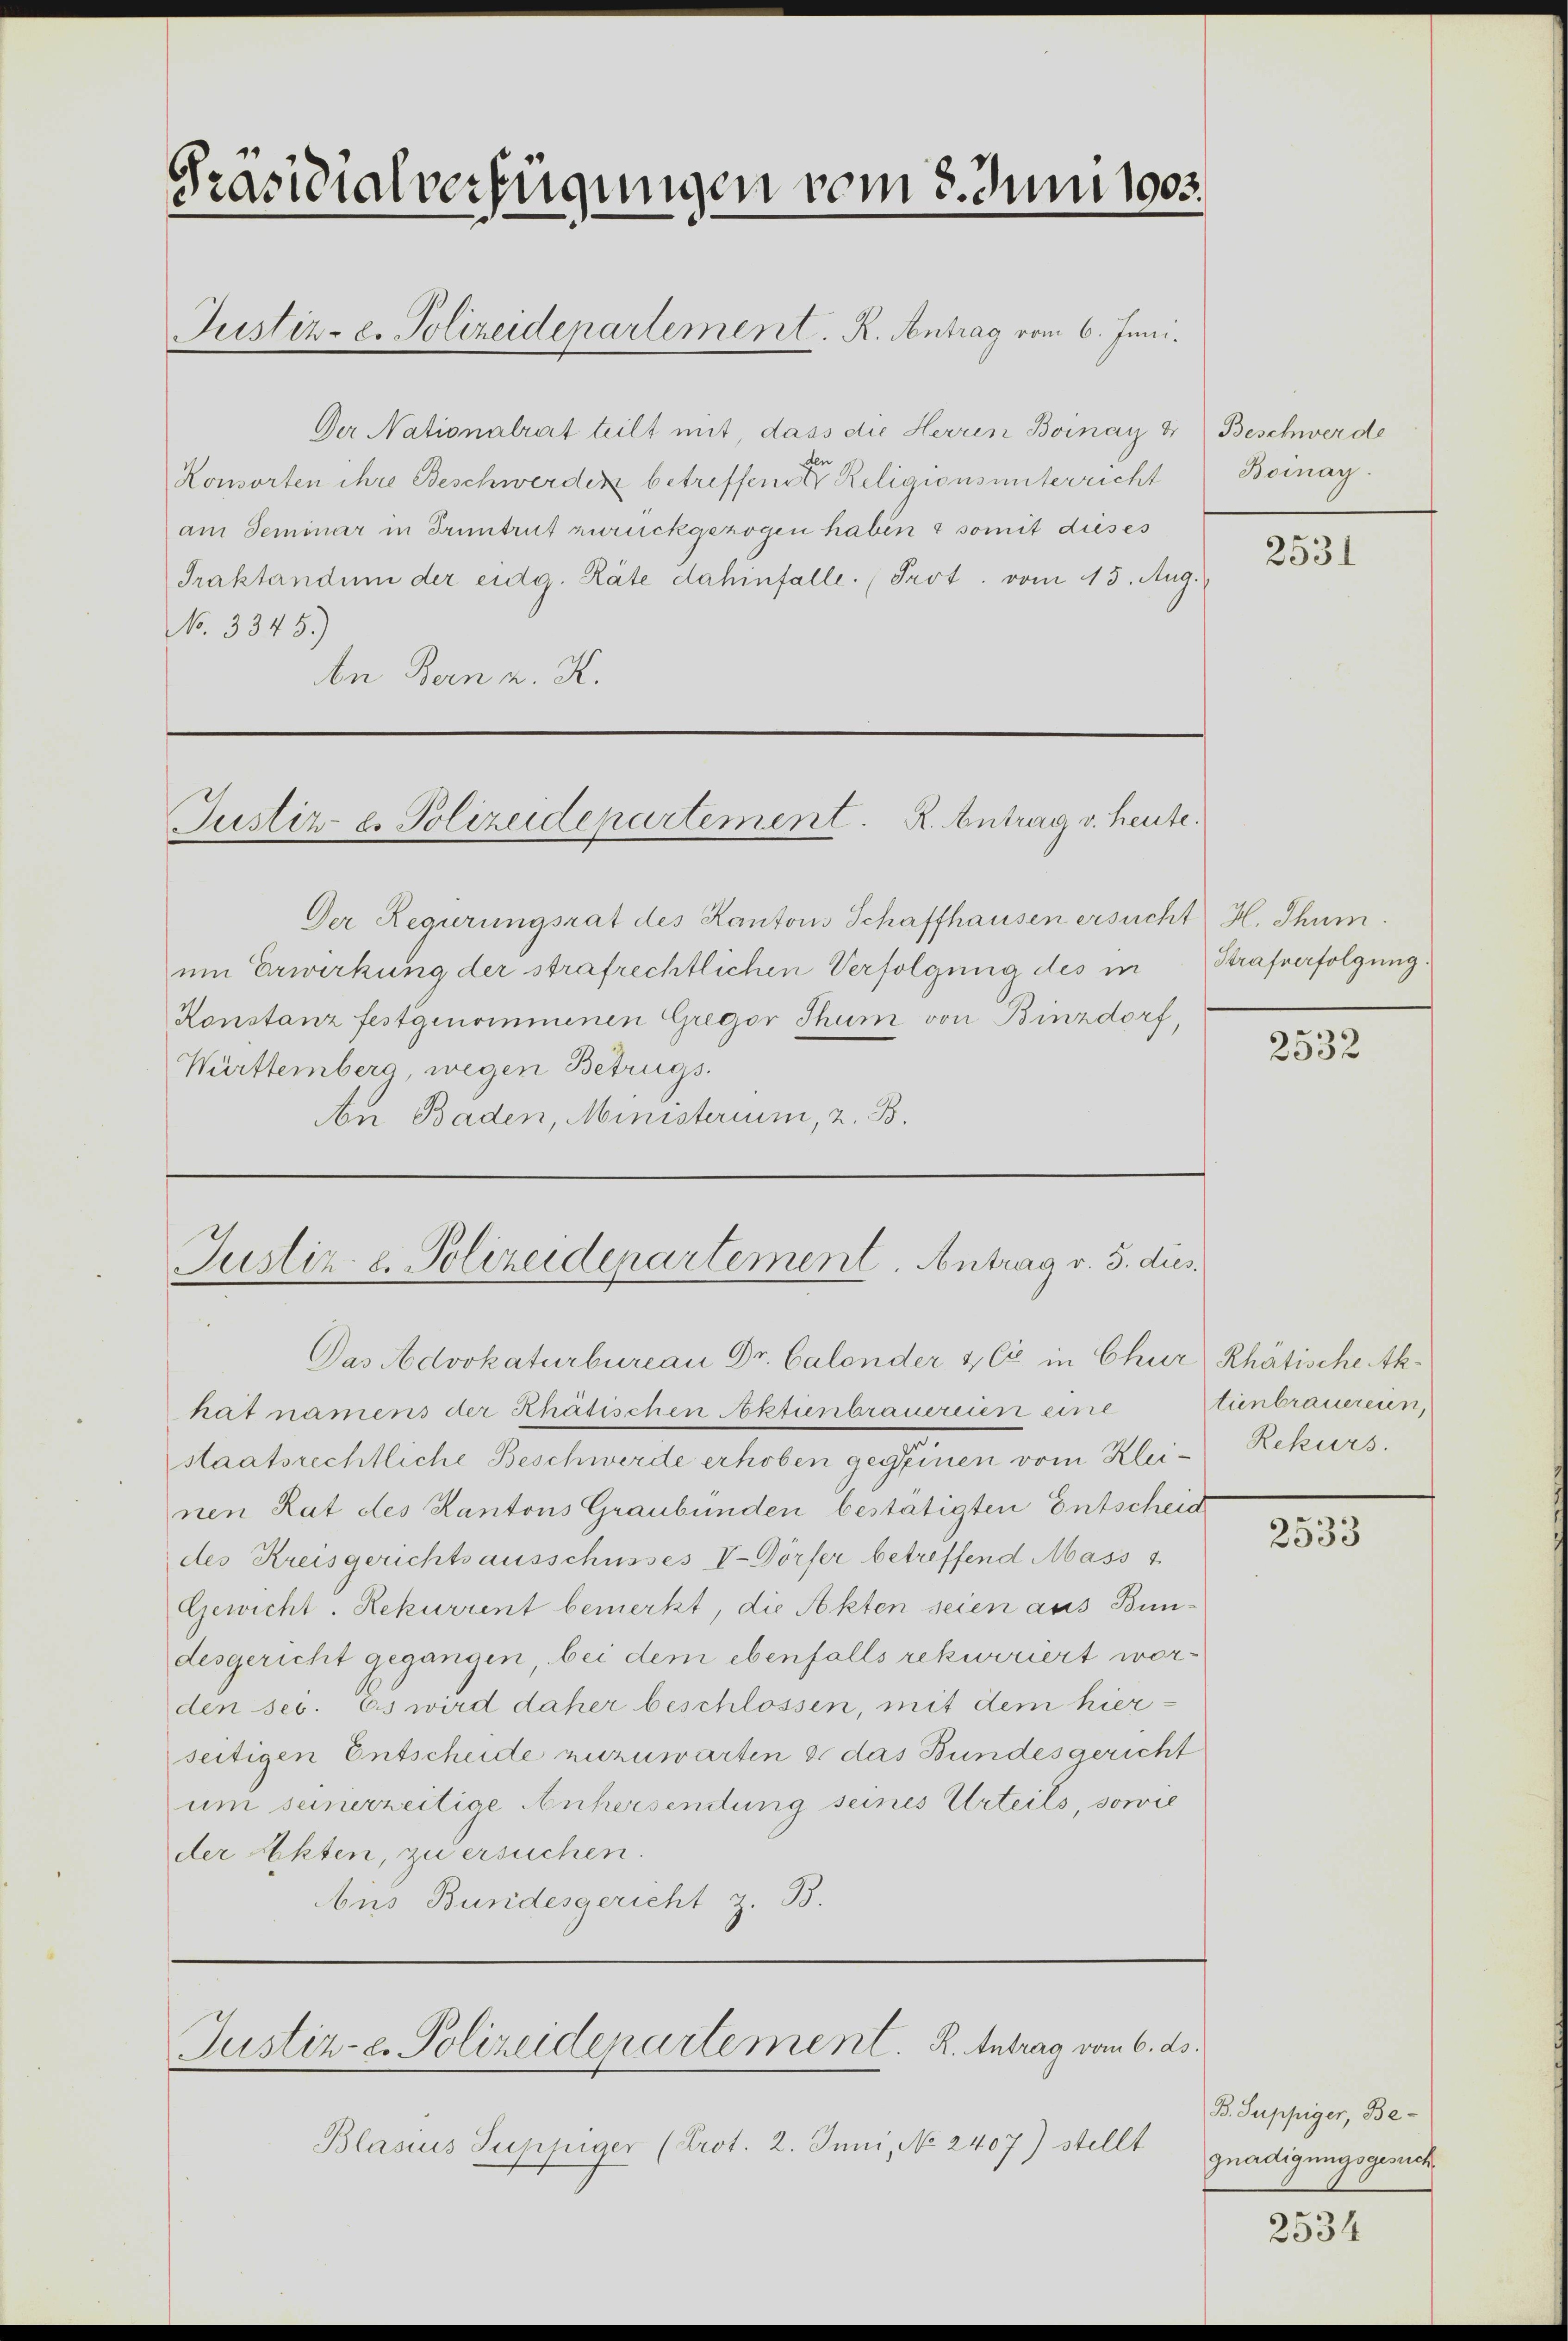
Präsidialverfügungen vom 8. Juni 1903.
Justiz- e. Polizeidepartement. R. Antrag vom 6. Juni.

Der Nationalrat teilt mit, dass die Herren Boinay & Beschwerde
Konsorten ihre Beschwerden betreffene Religionsunterricht
am Seminar in Truntrut zurückgezogen haben & somit dieses
Praktandum der eidg. Räte dahinfalle. (Prot. vom 13. Aug.
No. 3345.)
en Bern K. K.

Der Regierungsrat des Kantons Schaffhausen ersucht H. Thun.
um Erwerkung der strafrechtlichen Verfolgung des in
Konstanz festgenommenen Gregor Thum von Binzdorf,
Württemberg, wegen Betrugs.
An Baden, Ministerium, 2. B.

Justiz- u. Polizeidepartement. R. Antrag v. heute.

Justiz & Polizeidepartement. Antrag v. 3. dies

Das Advokaturbureau Dr. Calender & Cie in Chur) Rhätische Akhat namens der Khätischen Aktienbrauereien eine
staatsrechtliche Beschwerde erhoben gegenen vom Kleinen Rat des Kantons Graubünden bestätigten Entscheid
des Kreisgerichtsausschusses V. Dörfer betreffend Mass 4.
Gewicht. Rekurrent bemerkt, die Akten seien aus Bundesgericht gegangen, bei dem ebenfalls rekurriert worden sei. Es wird daher beschlossen, mit dem hierseitigen Entscheide zuzuwarten & das Bundesgericht
um seinerzeitige Anhersendung seines Urteils, sowie
der Akten, zu ersuchen.
bus Bundesgericht z. B.

Justiz-e. Polizeidepartement. K. Antrag vom 6. ds.

Blasius Suppiger (Prot. 2. Juni, No 2407) stellt

Bomay.

2531

Strafverfolgung.

2532

tunbrauerein,
Rekurs.

2533

B. Suppiger, Begnadigungsgesuch

2534